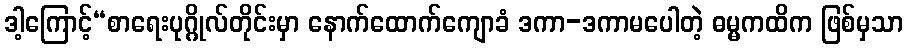
ဒါ့ကြောင့်“စာရေးပုဂ္ဂိုလ်တိုင်းမှာ နောက်ထောက်ကျောခံ ဒကာ-ဒကာမပေါတဲ့ ဓမ္မကထိက ဖြစ်မှသာ